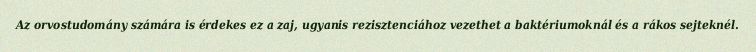
Az orvostudomány számára is érdekes ez a zaj, ugyanis rezisztenciához vezethet a baktériumoknál és a rákos sejteknél.